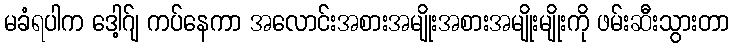
မခံရပါက ဒေါ့ဂ်ျ ကပ်နေကာ အလောင်းအစားအမျိုးအစားအမျိုးမျိုးကို ဖမ်းဆီးသွားတာ